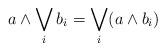
LaTeX: \begin{align*}a \wedge \bigvee_i b_i = \bigvee_i (a \wedge b_i)\end{align*}